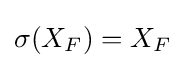
\sigma (X_{F})=X_{F}